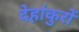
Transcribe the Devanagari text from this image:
देहांकुरों